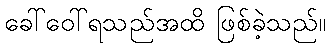
ခေါ်ဝေါ်ရသည်အထိ ဖြစ်ခဲ့သည်။